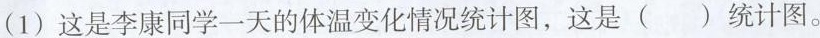
(1)这是李康同学一天的体温变化情况统计图，这是（）统计图。